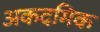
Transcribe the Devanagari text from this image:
अकदमिक